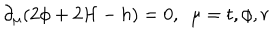
\partial _ { \mu } ( 2 \phi + 2 { \cal H } - h ) = 0 , ~ ~ \mu = t , \phi , r